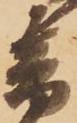
音